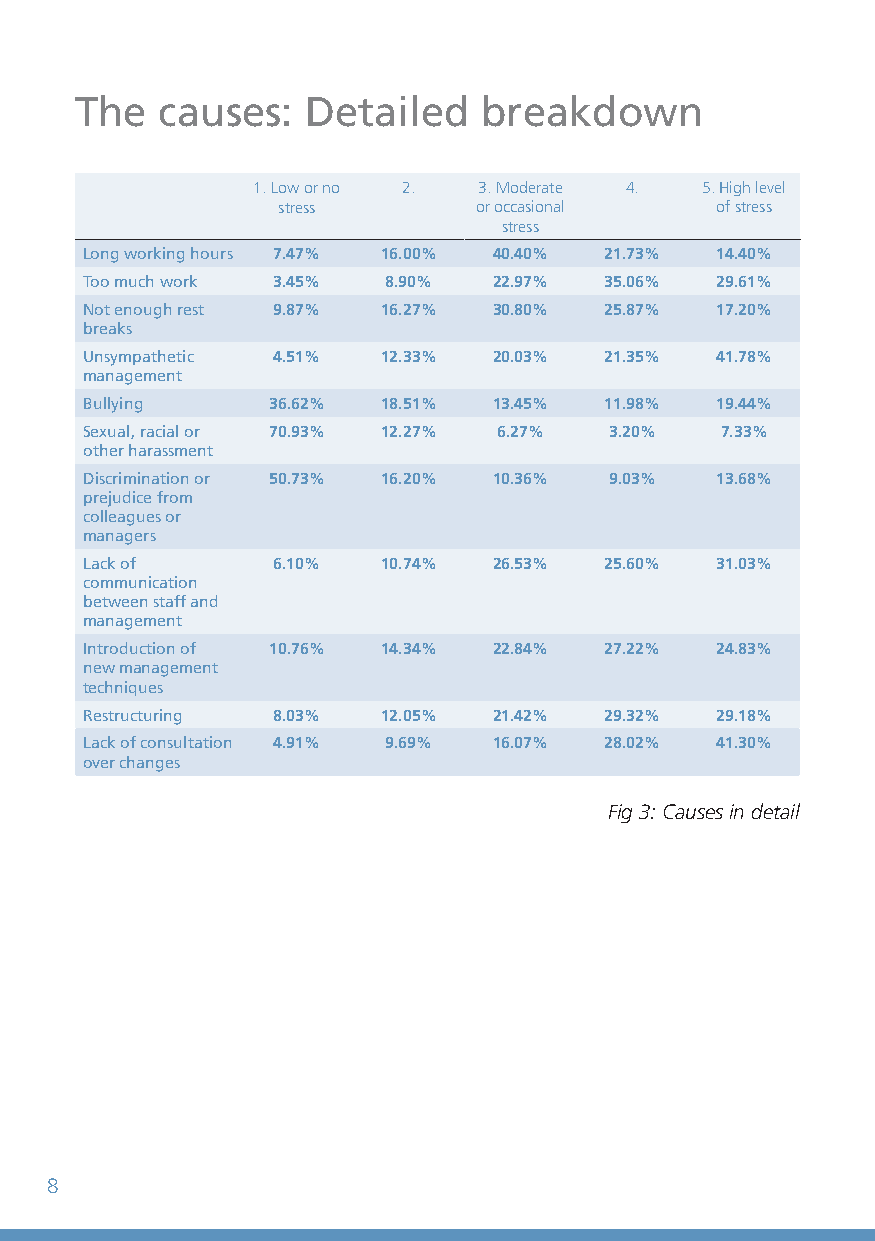
The  causes:   Detailed    breakdown
 1. Low or no 2. 3. Moderate 4. 5. High level
 stress       or occasional   of stress
 stress
 Long working hours 7.47% 16.00% 40.40% 21.73% 14.40%
 Too much work 3.45% 8.90%   22.97% 35.06% 29.61%
 Not enough rest 9.87% 16.27% 30.80% 25.87% 17.20%
 breaks
 Unsympathetic 4.51% 12.33%  20.03% 21.35% 41.78%
 management
 Bullying     36.62% 18.51%  13.45% 11.98% 19.44%
 Sexual, racial or 70.93% 12.27% 6.27% 3.20% 7.33%
 other harassment
 Discrimination or 50.73% 16.20% 10.36% 9.03% 13.68%
 prejudice from
 colleagues or
 managers
 Lack of      6.10%  10.74%  26.53% 25.60% 31.03%
 communication
 between staff and
 management
 Introduction of 10.76% 14.34% 22.84% 27.22% 24.83%
 new management
 techniques
 Restructuring 8.03% 12.05%  21.42% 29.32% 29.18%
 Lack of consultation 4.91% 9.69% 16.07% 28.02% 41.30%
 over changes
 Fig 3: Causes in detail
 8